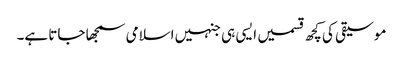
موسیقی کی کچھ قسمیں ایسی ہی جنہیں اسلامی سمجھا جاتا ہے۔